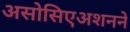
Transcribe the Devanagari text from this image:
असोसिएअशनने